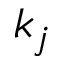
k _ { j }